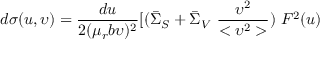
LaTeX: d \sigma ( u , \upsilon ) = \frac { d u } { 2 ( \mu _ { r } b \upsilon ) ^ { 2 } } [ ( \bar { \Sigma } _ { S } + \bar { \Sigma } _ { V } ~ \frac { \upsilon ^ { 2 } } { < \upsilon ^ { 2 } > } ) ~ F ^ { 2 } ( u )